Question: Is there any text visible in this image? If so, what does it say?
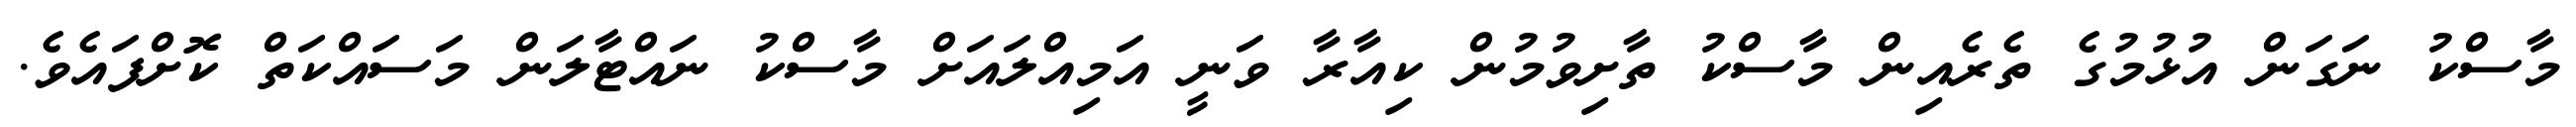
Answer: މާސްކު ނަގަން އުޅުމުގެ ތެރެއިން މާސްކު ތާށިވުމުން ކިއާރާ ވަނީ އަމިއްލައަށް މާސްކު ނައްޓާލަން މަސައްކަތް ކޮށްފައެވެ.